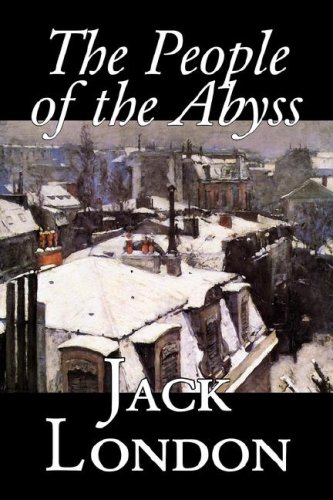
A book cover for The People of the Abyss; Jack London; Teen & Young Adult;